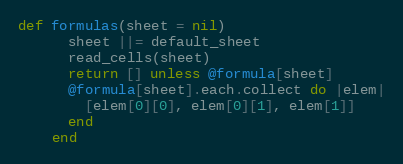
Language: Ruby
def formulas(sheet = nil)
      sheet ||= default_sheet
      read_cells(sheet)
      return [] unless @formula[sheet]
      @formula[sheet].each.collect do |elem|
        [elem[0][0], elem[0][1], elem[1]]
      end
    end